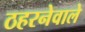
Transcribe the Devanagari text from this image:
ठहरनेवाले